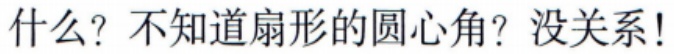
什么？不知道扇形的圆心角？没关系!